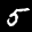
Label: 5